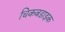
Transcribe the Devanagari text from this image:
चिकबडाइक